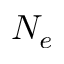
N _ { e }